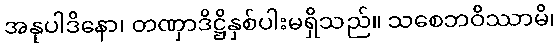
အနုပါဒိနော၊ တဏှာဒိဋ္ဌိနှစ်ပါးမရှိသည်။ သစေဘဝိဿာမိ၊